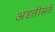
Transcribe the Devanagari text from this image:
अडतीसवे